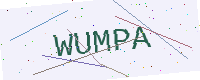
Text: WUMPA